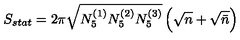
S _ { s t a t } = 2 \pi \sqrt { N _ { 5 } ^ { ( 1 ) } N _ { 5 } ^ { ( 2 ) } N _ { 5 } ^ { ( 3 ) } } \left( \sqrt { n } + \sqrt { \bar { n } } \right)